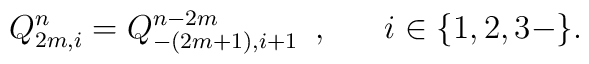
Q_{2m,i}^{n}=Q_{-(2m+1),i+1}^{n-2m}\,\,\, , \hspace{20pt}i\in \{ 1,2,3-\} .